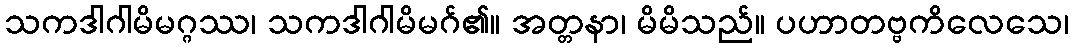
သကဒါဂါမိမဂ္ဂဿ၊ သကဒါဂါမိမဂ်၏။ အတ္တနာ၊ မိမိသည်။ ပဟာတဗ္ဗကိလေသေ၊